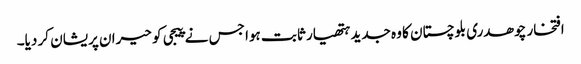
افتخار چوھدری بلوچستان کا وہ جدید ہتھیار ثابت ہوا جس نے پیجی کو حیران پریشان کر دیا۔